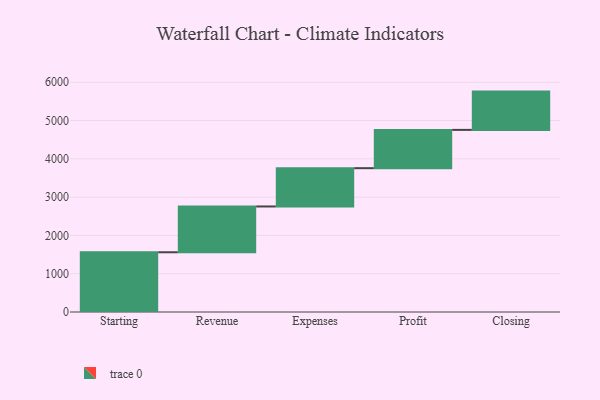
{"axis": {"x": "Step", "y": "Value"}, "legend": [""], "data": [{"x": "Starting", "y": 1560.0, "type": ""}, {"x": "Revenue", "y": 1196.0, "type": ""}, {"x": "Expenses", "y": 1000, "type": ""}, {"x": "Profit", "y": 1000, "type": ""}, {"x": "Closing", "y": 1000, "type": ""}]}